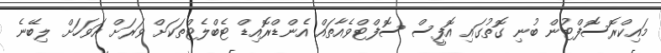
މައިކްރޮސޮފްޓުން ބުނި ގޮތުގައި އޮފީސް ސޮފްޓްވެއާތައް އެންޑްރޮއިޑް ޓެބްލެޓްތަކަށް ވަރަށް އަވަހަށް ލިބޭނެ